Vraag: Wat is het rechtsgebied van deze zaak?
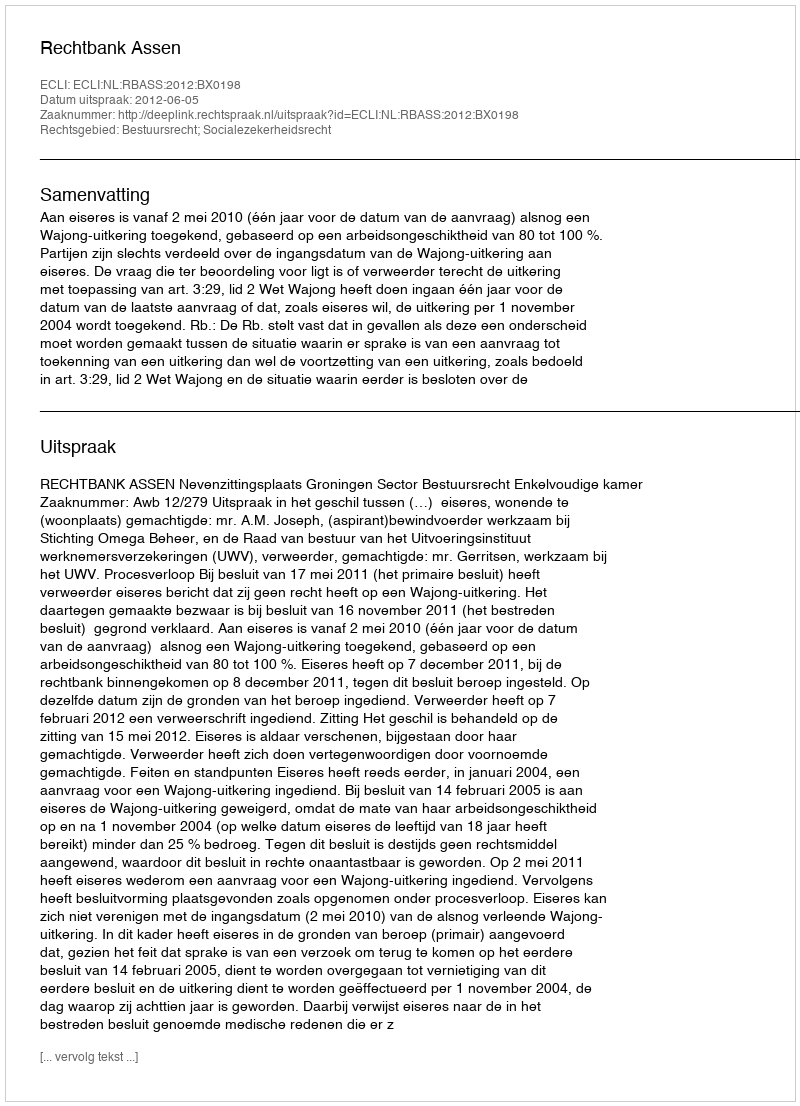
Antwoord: Bestuursrecht; Socialezekerheidsrecht